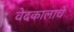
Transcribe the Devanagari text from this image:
वेदकालाचे